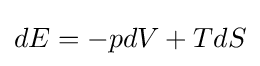
dE=-pdV+TdS